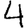
Digit: 4